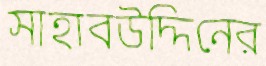
সাহাবউদ্দিনের